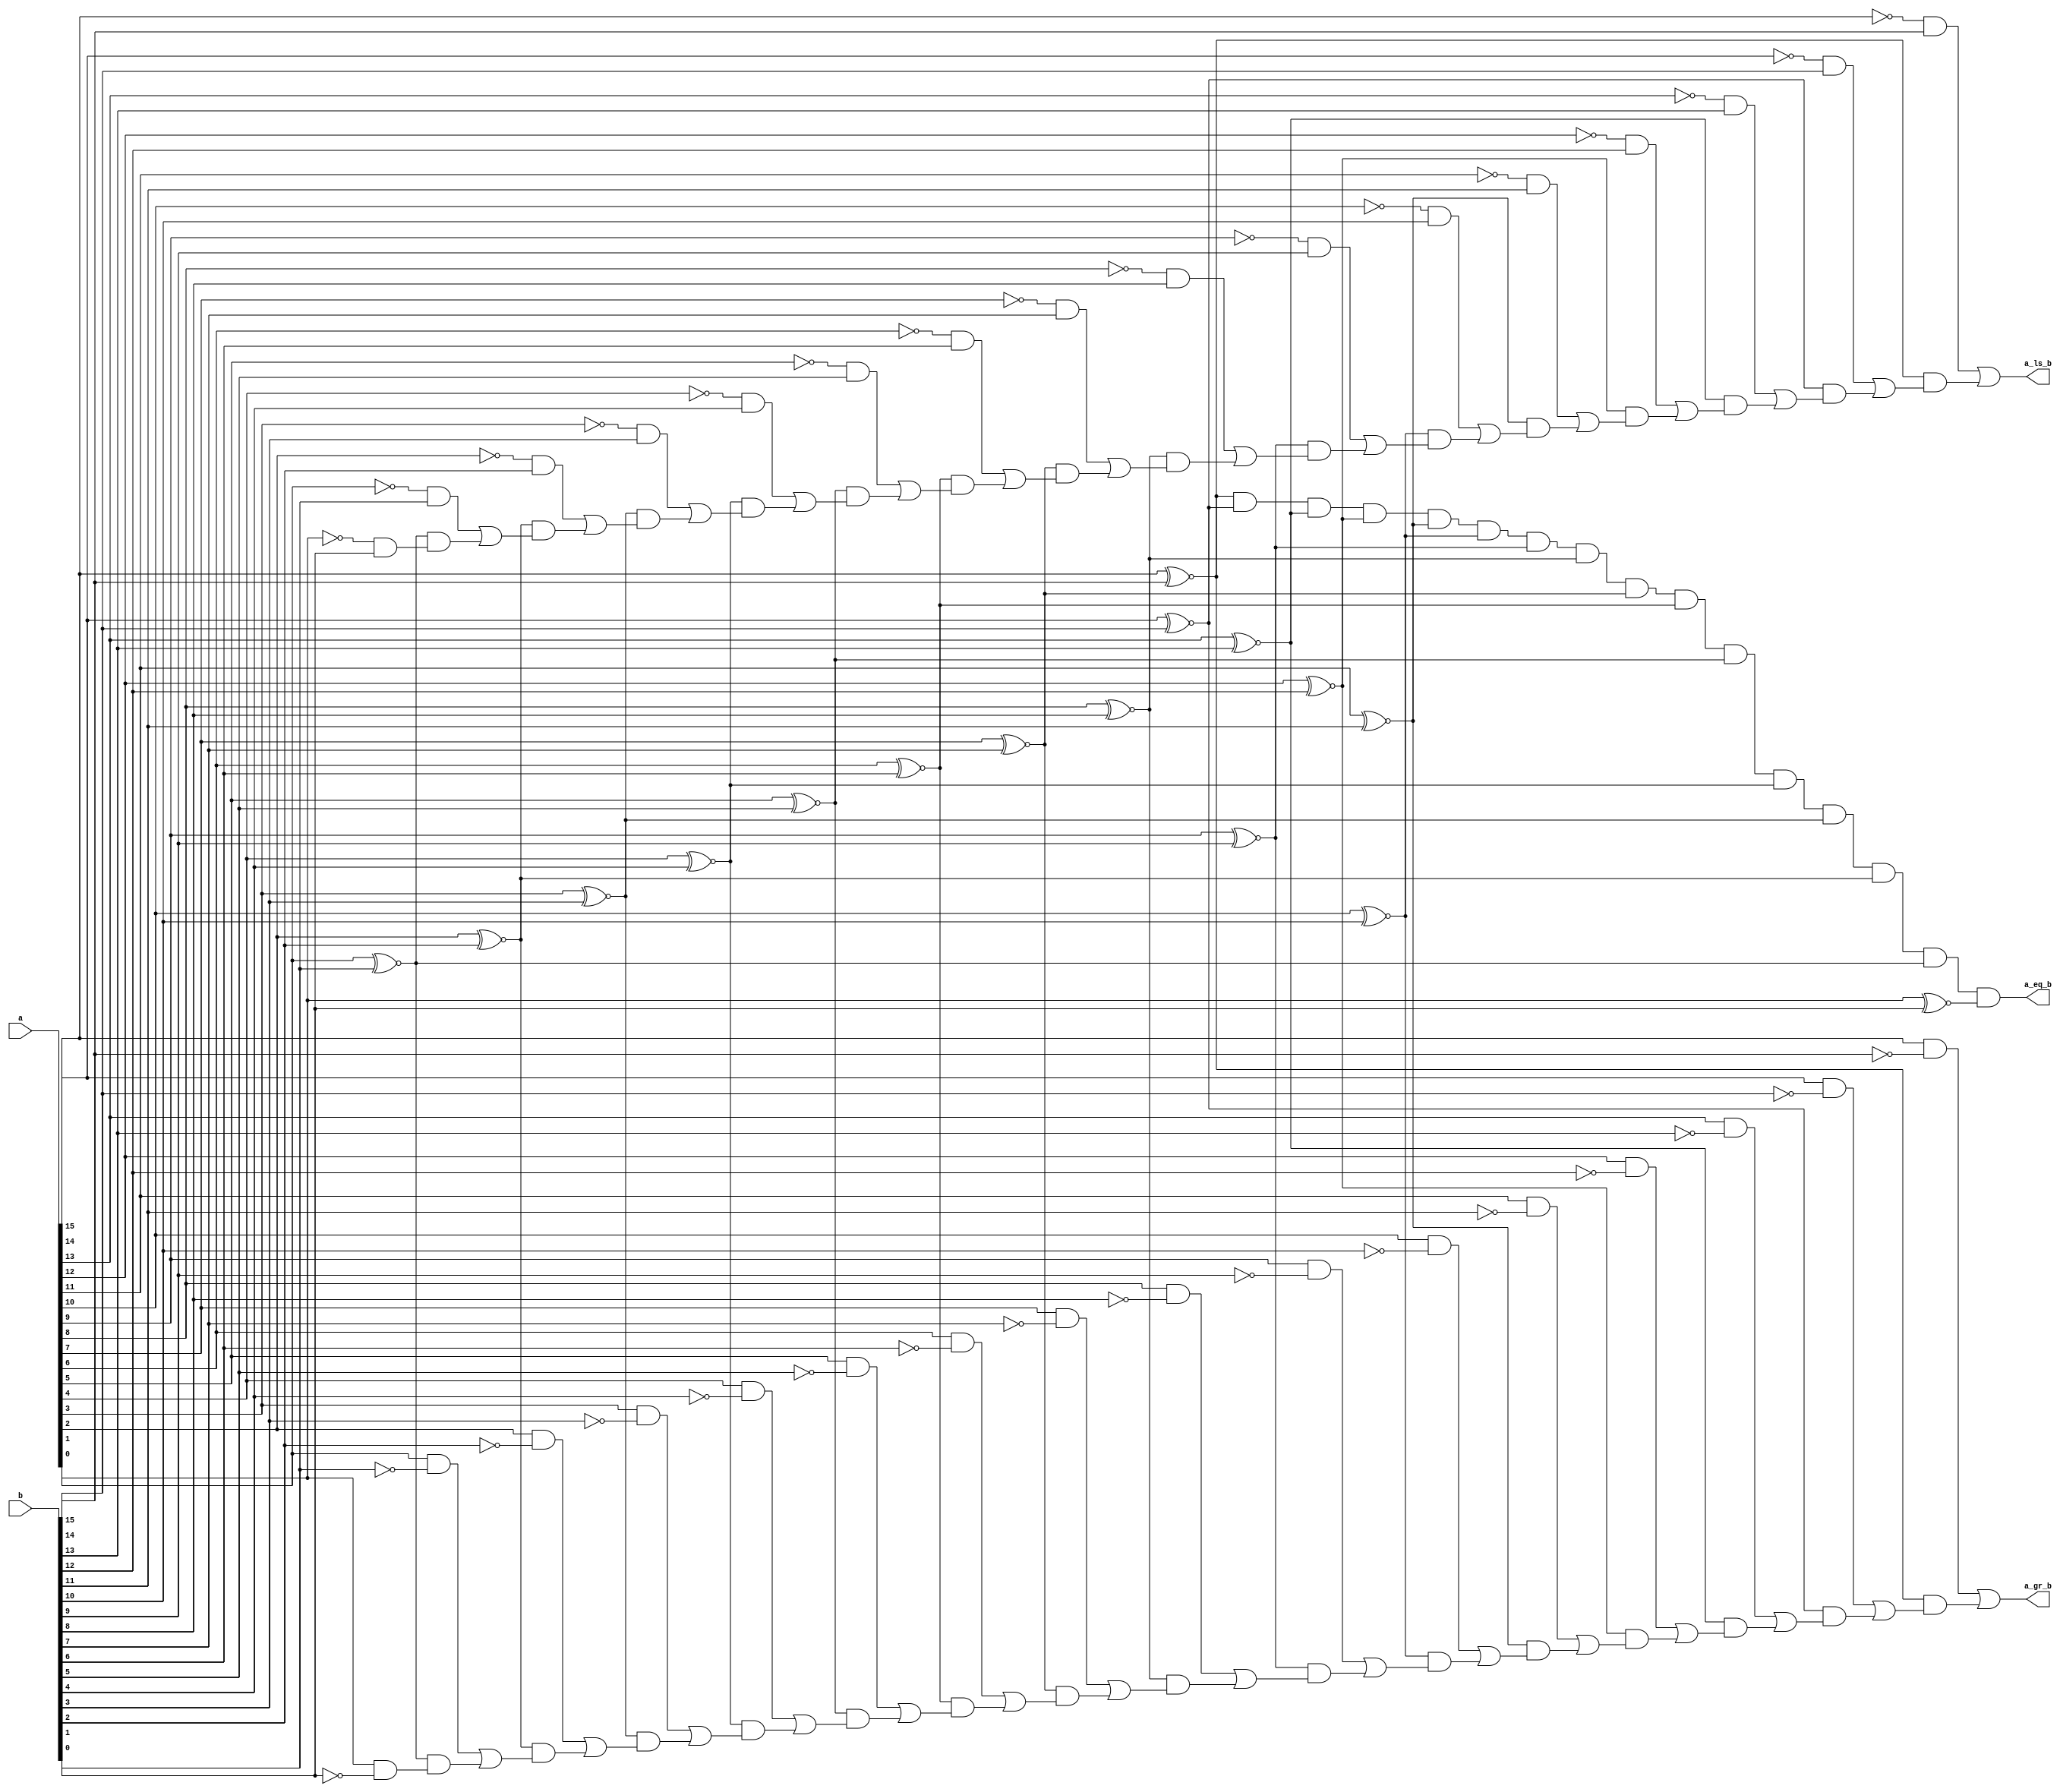
// Design a comparator to compare two 16-bit numbers.

module comparator_16(output a_eq_b, a_gr_b, a_ls_b,
                     input [15:0] a, b);

// Easy way to write is as below.
// assign a_eq_b = (a == b);
// assign a_gr_b = (a > b);
// assign a_ls_b = (a < b);
// To consider the work in terms of equations, use the below way

assign a_eq_b = (a[15]~^b[15]) & (a[14]~^b[14]) & (a[13]~^b[13]) & (a[12]~^b[12]) & (a[11]~^b[11]) &
                (a[10]~^b[10]) & (a[9]~^b[9]) & (a[8]~^b[8]) & (a[7]~^b[7]) & (a[6]~^b[6]) &
                (a[5]~^b[5]) & (a[4]~^b[4]) & (a[3]~^b[3]) & (a[2]~^b[2]) & (a[1]~^b[1]) & (a[0]~^b[0]);

assign a_gr_b = (a[15]&(~b[15])) | 
                (a[15]~^b[15])&(a[14]&(~b[14]) |
                (a[14]~^b[14])&(a[13]&(~b[13]) |
                (a[13]~^b[13])&(a[12]&(~b[12]) |
                (a[12]~^b[12])&(a[11]&(~b[11]) |
                (a[11]~^b[11])&(a[10]&(~b[10]) |
                (a[10]~^b[10])&(a[9]&(~b[9]) |
                (a[9]~^b[9])&(a[8]&(~b[8]) |
                (a[8]~^b[8])&(a[7]&(~b[7]) |
                (a[7]~^b[7])&(a[6]&(~b[6]) |
                (a[6]~^b[6])&(a[5]&(~b[5]) |
                (a[5]~^b[5])&(a[4]&(~b[4]) |
                (a[4]~^b[4])&(a[3]&(~b[3]) |
                (a[3]~^b[3])&(a[2]&(~b[2]) |
                (a[2]~^b[2])&(a[1]&(~b[1]) |
                (a[1]~^b[1])&(a[0]&(~b[0])
                )))))))))))))));

assign a_ls_b = (~a[15]&(b[15])) | 
                (a[15]~^b[15])&(~a[14]&(b[14]) |
                (a[14]~^b[14])&(~a[13]&(b[13]) |
                (a[13]~^b[13])&(~a[12]&(b[12]) |
                (a[12]~^b[12])&(~a[11]&(b[11]) |
                (a[11]~^b[11])&(~a[10]&(b[10]) |
                (a[10]~^b[10])&(~a[9]&(b[9]) |
                (a[9]~^b[9])&(~a[8]&(b[8]) |
                (a[8]~^b[8])&(~a[7]&(b[7]) |
                (a[7]~^b[7])&(~a[6]&(b[6]) |
                (a[6]~^b[6])&(~a[5]&(b[5]) |
                (a[5]~^b[5])&(~a[4]&(b[4]) |
                (a[4]~^b[4])&(~a[3]&(b[3]) |
                (a[3]~^b[3])&(~a[2]&(b[2]) |
                (a[2]~^b[2])&(~a[1]&(b[1]) |
                (a[1]~^b[1])&(~a[0]&(b[0])
                )))))))))))))));

endmodule